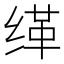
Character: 缂